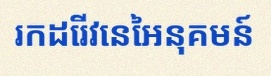
រកដេរីវេនៃអនុគមន៍